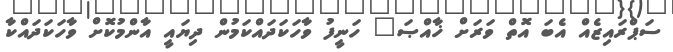
ސަޕްރައިޒެއް އެބަ އޮތް ވަރަށް ޚާއްޞަ" ހަނީފު ވާހަކަދައްކަމުން ދިޔައީ އާންމުކޮށް ވާހަކަދައްކާ